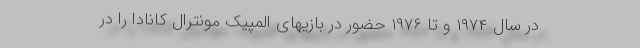
در سال ۱۹۷۴ و تا ۱۹۷۶ حضور در بازیهای المپیک مونترال کانادا را در